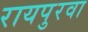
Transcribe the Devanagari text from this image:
रायपुरवा